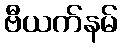
ဗီယက်နမ်